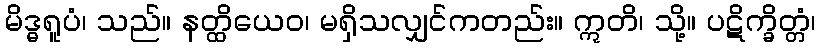
မိဒ္ဓရူပံ၊ သည်။ နတ္ထိယေဝ၊ မရှိသလျှင်ကတည်း။ ဣတိ၊ သို့။ ပဋိက္ခိတ္တံ၊